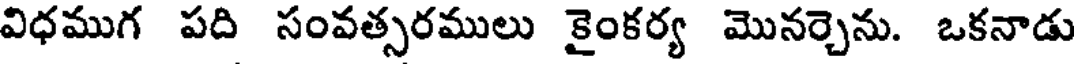
విధముగ పది సంవత్సరములు కైంకర్య మొనర్చెను. ఒకనాడు